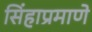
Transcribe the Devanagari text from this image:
सिंहाप्रमाणे